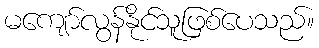
မကျော်လွန်နိုင်သူဖြစ်ပေသည်။